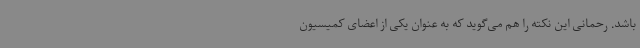
باشد. رحمانی این نکته را هم می‌گوید که به عنوان یکی از اعضای کمیسیون